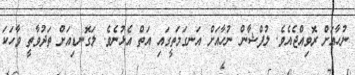
ނުހާއަށް ރޮވިއްޖެއެވެ. ލުފްޝާން ނުހާއަށް އަނގަމަތީގައި އަތް އެޅުނެވެ. ލަގޮނޑިއަށް ތަދުވާތީ ވާހަކަ